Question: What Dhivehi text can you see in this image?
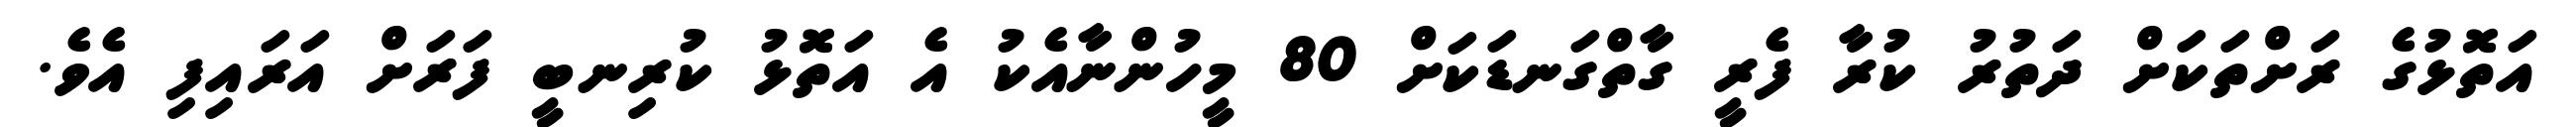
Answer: އަތޮޅުގެ ރަށްތަކަށް ދަތުރު ކުރާ ފެރީ ގާތްގަނޑަކަށް 80 މީހުންނާއެކު އެ އަތޮޅު ކުރިނބީ ފަރަށް އަރައިފި އެވެ.